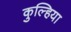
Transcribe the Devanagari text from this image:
कुल्हिया